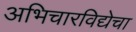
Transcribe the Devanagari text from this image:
अभिचारविद्येचा